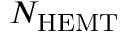
N _ { \mathrm { H E M T } }